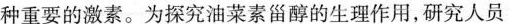
种重要的激素。为探究油菜素甾醇的生理作用，研究人员